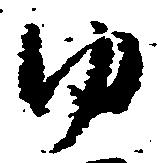
ゆ